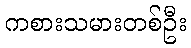
ကစားသမားတစ်ဦး